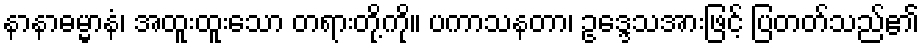
နာနာဓမ္မာနံ၊ အထူးထူးသော တရားတို့ကို။ ပကာသနတာ၊ ဥဒ္ဒေသအားဖြင့် ပြတတ်သည်၏